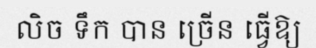
លិច ទឹក បាន ច្រើន ធ្វើឱ្យ